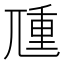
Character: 𡰁